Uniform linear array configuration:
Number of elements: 48
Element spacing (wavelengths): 0.25
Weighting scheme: binomial
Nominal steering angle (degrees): -60
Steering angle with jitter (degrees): -59.479
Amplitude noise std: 0.05
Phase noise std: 0.05

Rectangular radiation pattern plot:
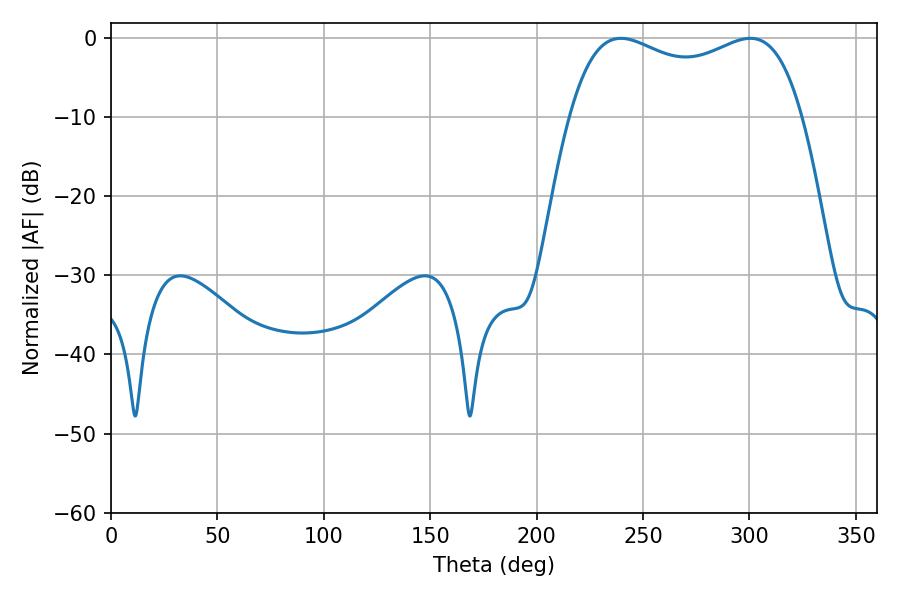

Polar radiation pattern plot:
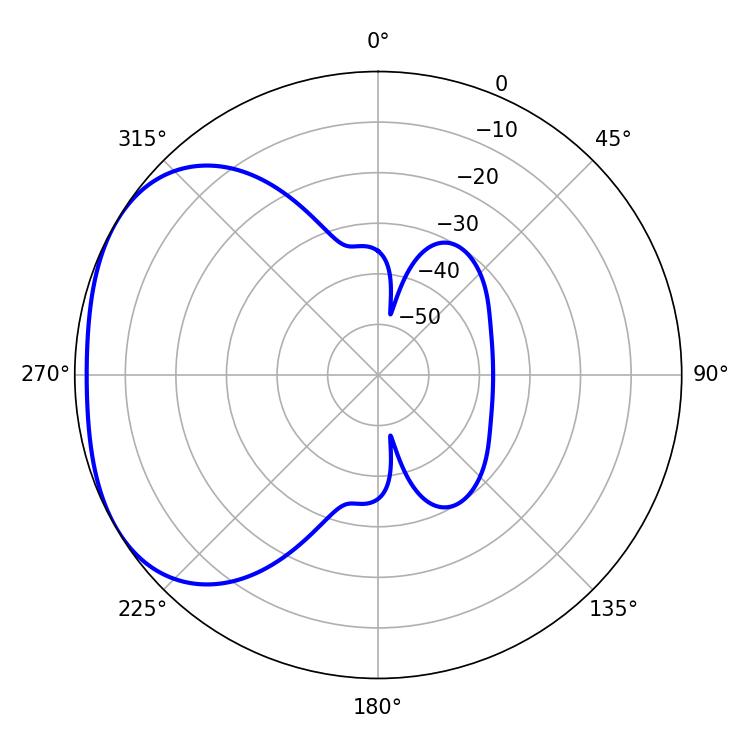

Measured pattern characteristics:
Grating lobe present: FALSE
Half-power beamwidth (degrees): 90
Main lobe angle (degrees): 239.58